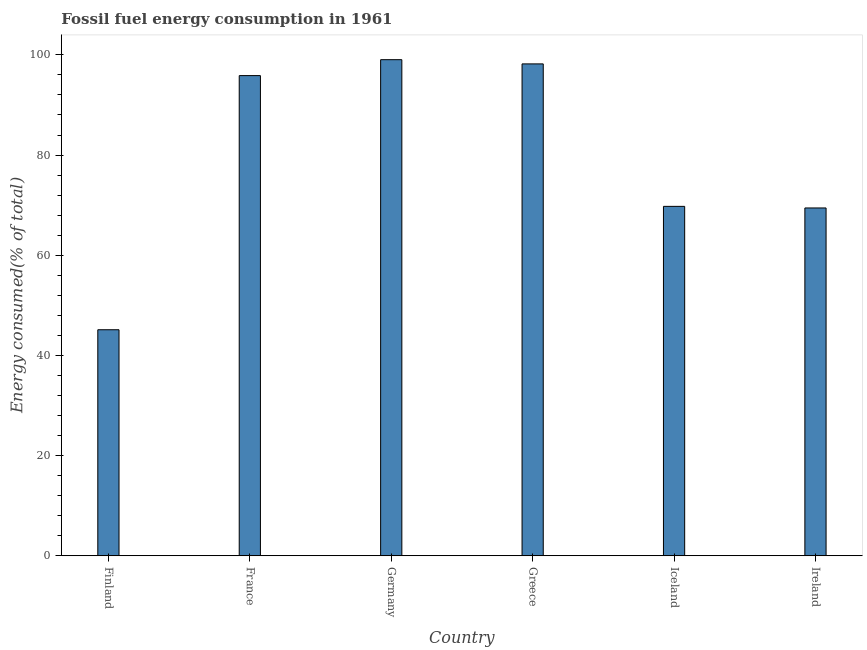
| Country | Fossil fuel energy consumption (% of total) |
 | --- | --- |
 | Finland | 45.1 |
 | France | 95.9 |
 | Germany | 99 |
 | Greece | 98.2 |
 | Iceland | 69.8 |
 | Ireland | 69.4 |